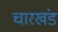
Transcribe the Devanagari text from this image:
चारखंड